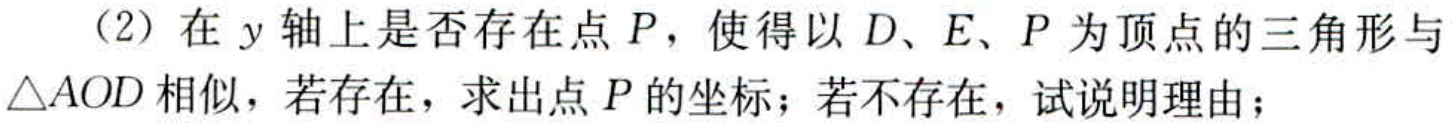
（2）在\(y\)轴上是否存在点\(P\)，使得以\(D、E、P\)为顶点的三角形与\(\triangle AOD\)相似，若存在，求出点\(P\)的坐标；若不存在，试说明理由；